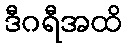
ဒီဂရီအထိ